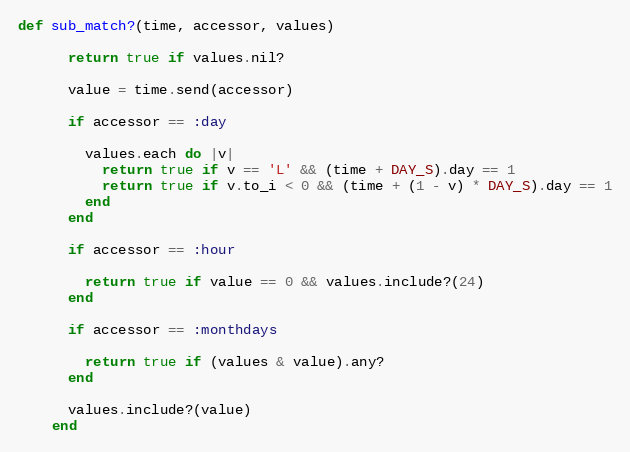
Language: Ruby
def sub_match?(time, accessor, values)

      return true if values.nil?

      value = time.send(accessor)

      if accessor == :day

        values.each do |v|
          return true if v == 'L' && (time + DAY_S).day == 1
          return true if v.to_i < 0 && (time + (1 - v) * DAY_S).day == 1
        end
      end

      if accessor == :hour

        return true if value == 0 && values.include?(24)
      end

      if accessor == :monthdays

        return true if (values & value).any?
      end

      values.include?(value)
    end